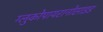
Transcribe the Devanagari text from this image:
ग्लुकोपायरानोसाइड